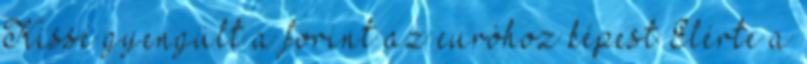
Kissé gyengült a forint az euróhoz képest Elérte a